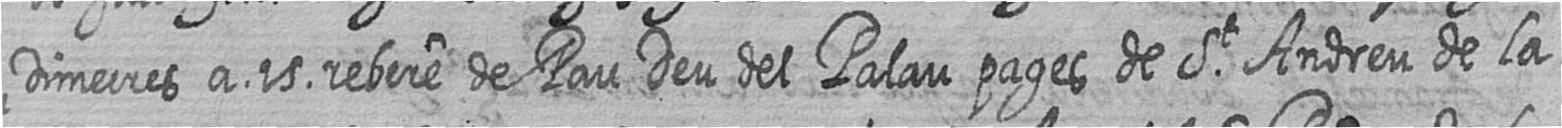
Dimecres a 15 rebere de Pau Deu del Palau pages de St Andreu de la